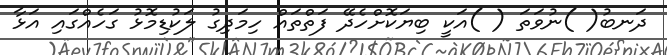
ދަނބު( )ނުވަތަ ( )އަކީ ބިޔަކޮށްހެދޭ ފަތްތައް ހިމަދިގު ލަކުޑިމޮޅު ގަހެއްގައި އަޅާ